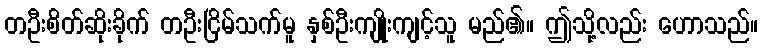
တဦးစိတ်ဆိုးခိုက် တဦးငြိမ်သက်မူ နှစ်ဦးကျိုးကျင့်သူ မည်၏။ ဤသို့လည်း ဟောသည်။